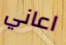
اعاني